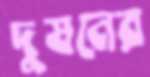
দুষনের